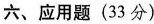
六、应用题(33分)